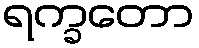
ရက္ခတော